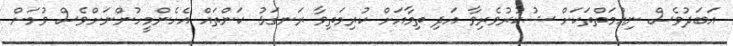
އަބަދުވެސް ނިޢުމަތްތަކަށް ޝުކުރުވެރިވާ އަދި ތިމާއަށް ކުރިމަތިވާ ރަނގަޅު ކަންތައް އެހެންމީހުންނަށްވެސް ވުމަށް